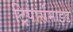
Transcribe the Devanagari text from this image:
ट्रिपार्समाइड